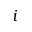
i